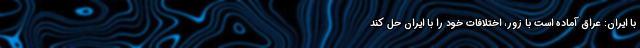
با ایران: عراق آماده است با زور، اختلافات خود را با ایران حل کند